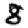
Digit: 8